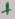
Text: +